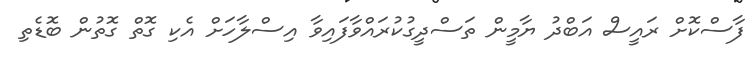
ފާސްކޮށް ރައީސް އަބްދު ޔާމީން ތަސްދީގުކުރައްވާފައިވާ އިސްލާހަށް އެކި ގޮތް ގޮތުން ބޮޑެތި